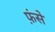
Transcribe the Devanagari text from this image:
फ़ंसे